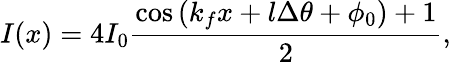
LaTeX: I(x)=4I_{0}\frac{\cos{(k_{f}x+l\Delta\theta+\phi_{0})}+1}{2},